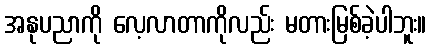
အနုပညာကို လေ့လာတာကိုလည်း မတားမြစ်ခဲ့ပါဘူး။